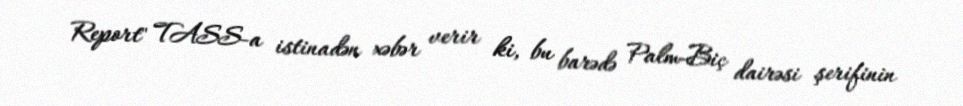
Report" TASS-a istinadən xəbər verir ki, bu barədə Palm-Biç dairəsi şerifinin